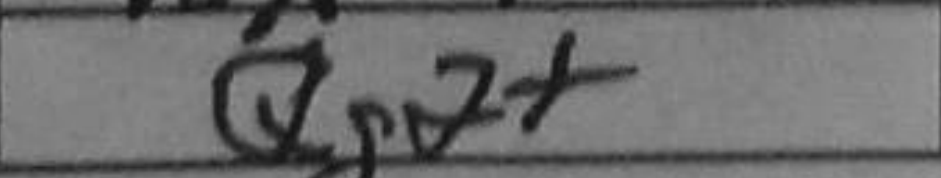
Transcription: Qg2+